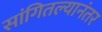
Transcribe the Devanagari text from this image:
सांगितल्यानंतर